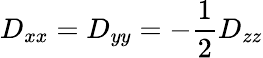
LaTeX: D_{xx}=D_{yy}=-\frac{1}{2}D_{zz}